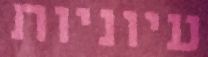
עיוניות